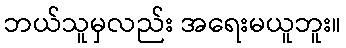
ဘယ်သူမှလည်း အရေးမယူဘူး။